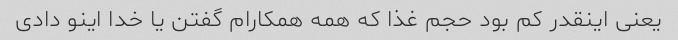
یعنی اینقدر کم بود حجم غذا که همه همکارام گفتن یا خدا اینو دادی